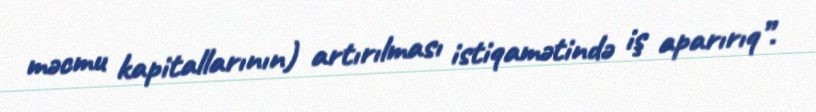
məcmu kapitallarının) artırılması istiqamətində iş aparırıq”.